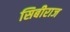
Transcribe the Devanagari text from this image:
सिबीराज